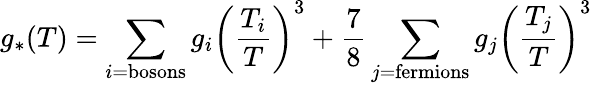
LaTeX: g_{*}(T)=\sum_{i=\mathrm{bosons}}g_{i}\left({\frac{T_{i}}{T}}\right)^{3}+{\frac{7}{8}}\sum_{j=\mathrm{fermions}}g_{j}{\left({\frac{T_{j}}{T}}\right)}^{3}